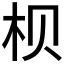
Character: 𪱷